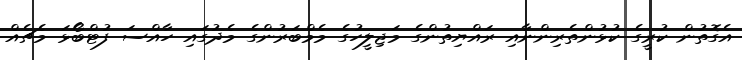
އެގޮތުން ކުރީގެ ކުޅުންތެރިންނާއި ރައްޔިތުންގެ މަޖިލީހުގެ މެމްބަރުންގެ މެދުގައި ހާއްސަ ފުޓްބޯޅަ މެޗެއް